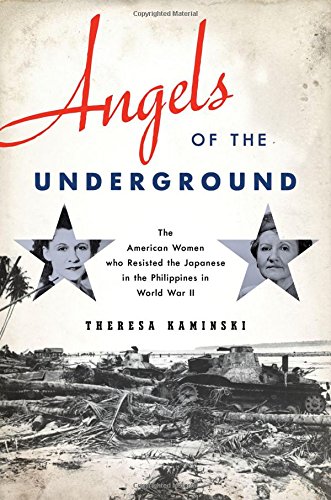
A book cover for Angels of the Underground: The American Women who Resisted the Japanese in the Philippines in World War II; Theresa Kaminski; History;